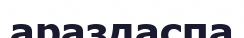
араздаспа